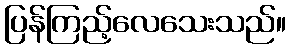
ပြန်ကြည့်လေသေးသည်။